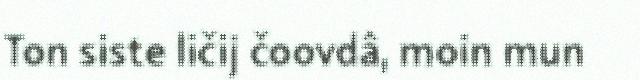
Ton siste ličij čoovdâ, moin mun